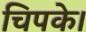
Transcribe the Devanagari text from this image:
चिपके।